Lunatic asylums in Bengal annual reports 1899-1911 - 1899-1911
Year: 1899
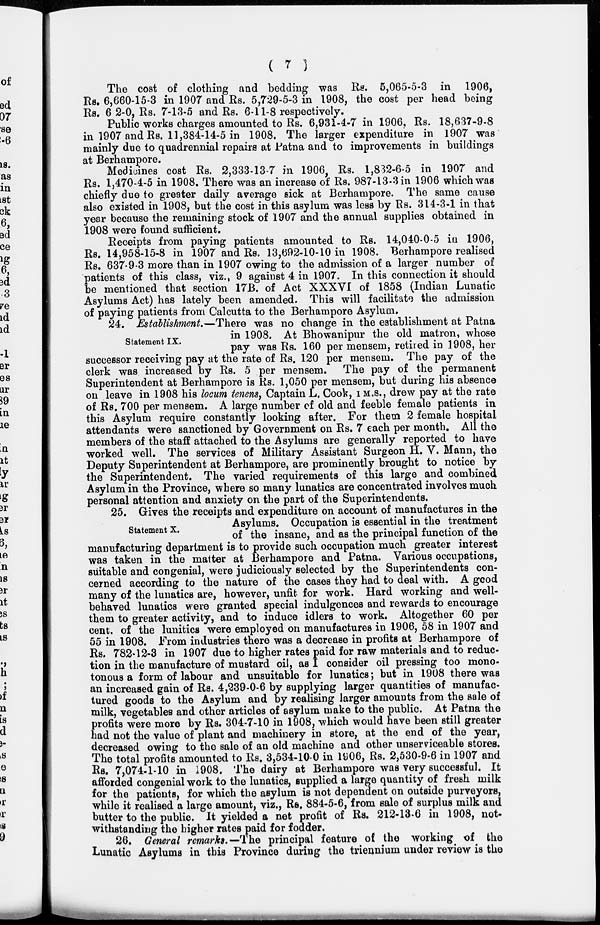
( 7 )
The cost of clothing and bedding was Rs. 5,065-5-3 in 1906,
Rs. 6,660-15-3 in 1907 and Rs. 5,729-5-3 in 1908, the cost per head being
Rs. 6 2-0, Rs. 7-13-5 and Rs. 6-11-8 respectively.
Public works charges amounted to Rs. 6,931-4-7 in 1906, Rs. 18,637-9-8
in 1907 and Rs. 11,384-14-5 in 1908. The larger expenditure in 1907 was
mainly due to quadrennial repairs at Patna and to improvements in buildings
at Berhampore.
Medicines cost Rs. 2,333-13-7 in 1906, Rs. 1,832-6-5 in 1907 and
Rs. 1,470-4-5 in 1908. There was an increase of Rs. 987-13-3 in 1906 which was
chiefly due to greater daily average sick at Berhampore. The same cause
also existed in 1908, but the cost in this asylum was less by Rs. 314-3-1 in that
year because the remaining stock of 1907 and the annual supplies obtained in
1908 were found sufficient.
Receipts from paying patients amounted to Rs. 14,040-0-5 in 1906,
Rs. 14,958-15-8 in 1907 and Rs. 13,692-10-10 in 1908. Berhampore realised
Rs. 637-9-3 more than in 1907 owing to the admission of a larger number of
patients of this class, viz., 9 against 4 in 1907. In this connection it should
be mentioned that section 17B. of Act XXXVI of 1858 (Indian Lunatic
Asylums Act) has lately been amended. This will facilitate the admission
of paying patients from Calcutta to the Berhampore Asylum.
Statement IX.
24. Establishment.—There was no change in the establishment at Patna
in 1908. At Bhowanipur the old matron, whose
pay was Rs. 160 per mensem, retired in 1908, her
successor receiving pay at the rate of Rs. 120 per mensem. The pay of the
clerk was increased by Rs. 5 per mensem. The pay of the permanent
Superintendent at Berhampore is Rs. 1,050 per mensem, but during his absence
on leave in 1908 his locum tenens, Captain L. Cook, I.M.S., drew pay at the rate
of Rs. 700 per mensem. A large number of old and feeble female patients in
this Asylum require constantly looking after. For them 2 female hospital
attendants were sanctioned by Government on Rs. 7 each per month. All the
members of the staff attached to the Asylums are generally reported to have
worked well. The services of Military Assistant Surgeon H. V. Mann, the
Deputy Superintendent at Berhampore, are prominently brought to notice by
the Superintendent. The varied requirements of this large and combined
Asylum in the Province, where so many lunatics are concentrated involves much
personal attention and anxiety on the part of the Superintendents.
Statement X.
25. Gives the receipts and expenditure on account of manufactures in the
Asylums. Occupation is essential in the treatment
of the insane, and as the principal function of the
manufacturing department is to provide such occupation much greater interest
was taken in the matter at Berhampore and Patna. Various occupations,
suitable and congenial, were judiciously selected by the Superintendents con-
cerned according to the nature of the cases they had to deal with. A good
many of the lunatics are, however, unfit for work. Hard working and well-
behaved lunatics were granted special indulgences and rewards to encourage
them to greater activity, and to induce idlers to work. Altogether 60 per
cent. of the lunitics were employed on manufactures in 1906, 58 in 1907 and
55 in 1908. From industries there was a decrease in profits at Berhampore of
Rs. 782-12-3 in 1907 due to higher rates paid for raw materials and to reduc-
tion in the manufacture of mustard oil, as I consider oil pressing too mono-
tonous a form of labour and unsuitable for lunatics; but in 1908 there was
an increased gain of Rs. 4,239-0-6 by supplying larger quantities of manufac-
tured goods to the Asylum and by realising larger amounts from the sale of
milk, vegetables and other articles of asylum make to the public. At Patna the
profits were more by Rs. 304-7-10 in 1908, which would have been still greater
had not the value of plant and machinery in store, at the end of the year,
decreased owing to the sale of an old machine and other unserviceable stores.
The total profits amounted to Rs. 3,534-10-0 in 1906, Rs. 2,530-9-6 in 1907 and
Rs. 7,074-1-10 in 1908. The dairy at Berhampore was very successful. It
afforded congenial work to the lunatics, supplied a large quantity of fresh milk
for the patients, for which the asylum is not dependent on outside purveyors,
while it realised a large amount, viz., Rs. 884-5-6, from sale of surplus milk and
butter to the public. It yielded a net profit of Rs. 212-13-6 in 1908, not-
withstanding the higher rates paid for fodder.
26. General remarks.— The principal feature of the working of the
Lunatic Asylums in this Province during the triennium under review is the